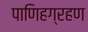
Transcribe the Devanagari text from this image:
पाणिहग्रहण